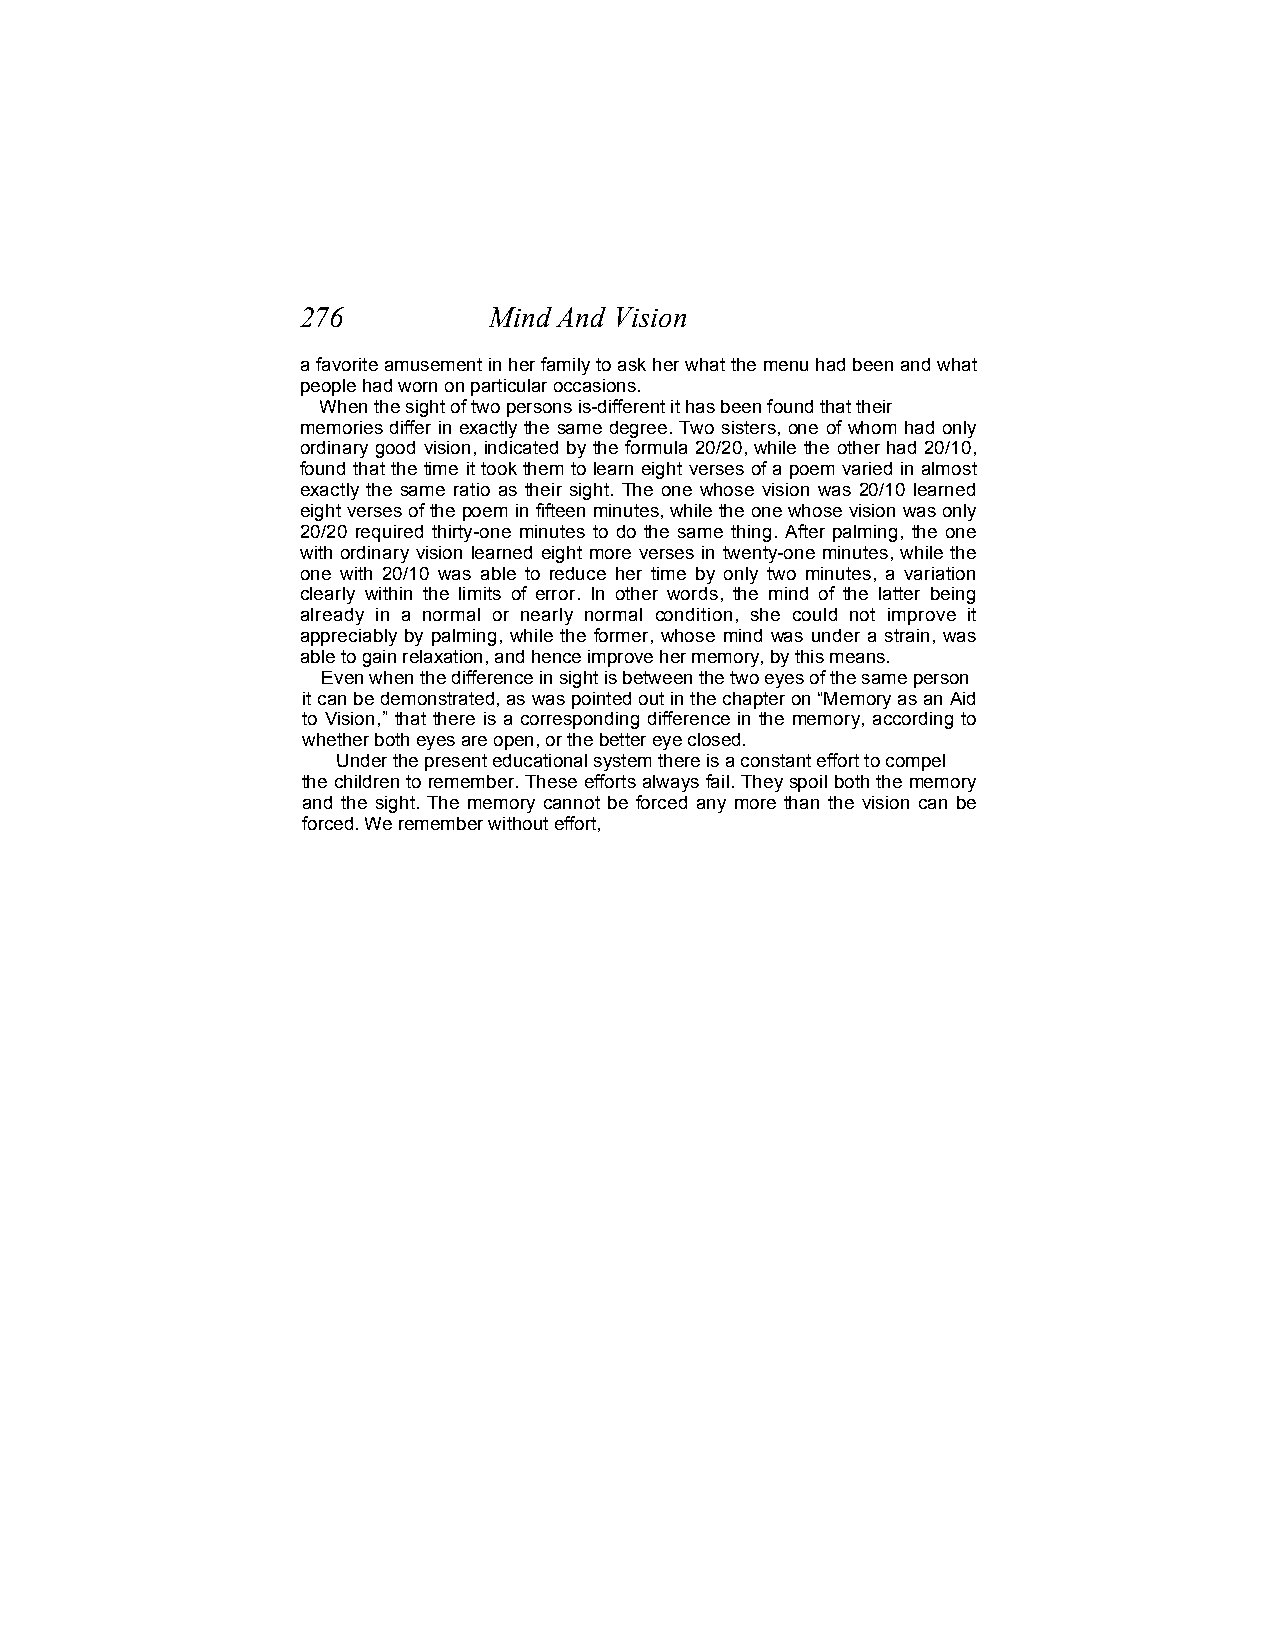
276         Mind And Vision
 a favorite amusement in her family to ask her what the menu had been and what
 people had worn on particular occasions.
 When the sight of two persons is-different it has been found that their
 memories differ in exactly the same degree. Two sisters, one of whom had only
 ordinary good vision, indicated by the formula 20/20, while the other had 20/10,
 found that the time it took them to learn eight verses of a poem varied in almost
 exactly the same ratio as their sight. The one whose vision was 20/10 learned
 eight verses of the poem in fifteen minutes, while the one whose vision was only
 20/20 required thirty-one minutes to do the same thing. After palming, the one
 with ordinary vision learned eight more verses in twenty-one minutes, while the
 one with 20/10 was able to reduce her time by only two minutes, a variation
 clearly within the limits of error. In other words, the mind of the latter being
 already in a normal or nearly normal condition, she could not improve it
 appreciably by palming, while the former, whose mind was under a strain, was
 able to gain relaxation, and hence improve her memory, by this means.
 Even when the difference in sight is between the two eyes of the same person
 it can be demonstrated, as was pointed out in the chapter on “Memory as an Aid
 to Vision,” that there is a corresponding difference in the memory, according to
 whether both eyes are open, or the better eye closed.
 Under the present educational system there is a constant effort to compel
 the children to remember. These efforts always fail. They spoil both the memory
 and the sight. The memory cannot be forced any more than the vision can be
 forced. We remember without effort,